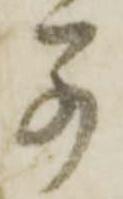
若